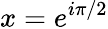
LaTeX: x=e^{i\pi/2}